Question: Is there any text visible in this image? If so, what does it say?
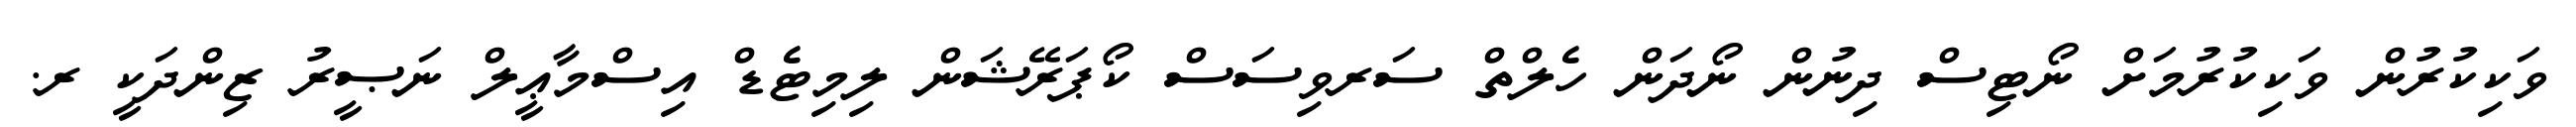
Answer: ވަކިކުރުން ވަކިކުރުމަށް ނޯޓިސް ދިނުން ނޯދަން ހެލްތް ސަރވިސަސް ކޯޕަރޭޝަން ލިމިޓެޑް އިސްމާޢީލް ނަޞީރު ޒިންދަކީ ރ.